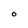
Character: O